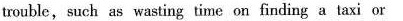
trouble , such as wasting tine on finding a taxi or